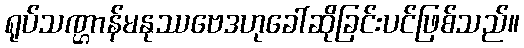
ရုပ်သဏ္ဌာန်မနုဿဗေဒဟုခေါ်ဆိုခြင်းပင်ဖြစ်သည်။